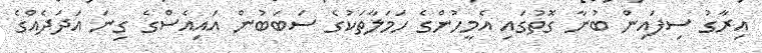
އިރާގު ސިފައިން ބުނާ ގޮތުގައި އެމީހުންގެ ހަމަލާތަކުގެ ސަބަބުން އައިއެސްގެ ގިނަ އަދަދެއްގެ